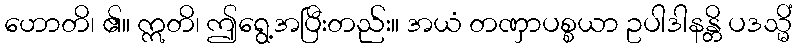
ဟောတိ၊ ၏။ ဣတိ၊ ဤရွေ့အပြီးတည်း။ အယံ တဏှာပစ္စယာ ဥပါဒါနန္တိ ပဒသ္မိံ